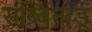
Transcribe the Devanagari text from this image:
सब्बिनाडू